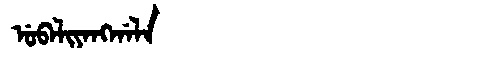
Manchu: ᡠᠪᠠᠯᡳᠶᠠᠩᡤᠠᠯᠠ
Romanization: UBALIYANGGALA